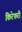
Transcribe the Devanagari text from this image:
किरेफरी